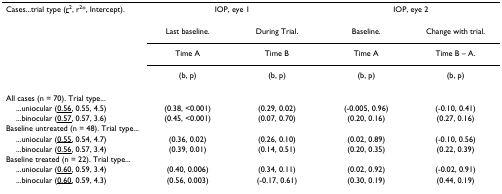
<table><thead><tr><td><b>Cases...trial type (<underline>r</underline><sup>2</sup>, r<sup>2</sup>*, Intercept).</b></td><td colspan="2"><b>IOP, eye 1</b></td><td colspan="2"><b>IOP, eye 2</b></td></tr><tr><td></td><td><b>Last baseline.</b></td><td><b>During Trial.</b></td><td><b>Baseline.</b></td><td><b>Change with trial.</b></td></tr><tr><td></td><td><b>Time A</b></td><td><b>Time B</b></td><td><b>Time A</b></td><td><b>Time B – A.</b></td></tr><tr><td></td><td><b>(b, p)</b></td><td><b>(b, p)</b></td><td><b>(b, p)</b></td><td><b>(b, p)</b></td></tr></thead><tbody><tr><td>All cases (n = 70). Trial type...</td><td></td><td></td><td></td><td></td></tr><tr><td> ...uniocular (<underline>0.56</underline>, 0.55, 4.5)</td><td>(0.38, &lt;0.001)</td><td>(0.29, 0.02)</td><td>(-0.005, 0.96)</td><td>(-0.10, 0.41)</td></tr><tr><td> ...binocular (<underline>0.57</underline>, 0.57, 3.6)</td><td>(0.45, &lt;0.001)</td><td>(0.07, 0.70)</td><td>(0.20, 0.16)</td><td>(0.27, 0.16)</td></tr><tr><td>Baseline untreated (n = 48). Trial type...</td><td></td><td></td><td></td><td></td></tr><tr><td> ...uniocular (<underline>0.55</underline>, 0.54, 4.7)</td><td>(0.36, 0.02)</td><td>(0.26, 0.10)</td><td>(0.02, 0.89)</td><td>(-0.10, 0.56)</td></tr><tr><td> ...binocular (<underline>0.56</underline>, 0.57, 3.4)</td><td>(0.39, 0.01)</td><td>(0.14, 0.51)</td><td>(0.20, 0.35)</td><td>(0.22, 0.39)</td></tr><tr><td>Baseline treated (n = 22). Trial type...</td><td></td><td></td><td></td><td></td></tr><tr><td> ...uniocular (<underline>0.60</underline>, 0.59, 3.4)</td><td>(0.40, 0.006)</td><td>(0.34, 0.11)</td><td>(0.02, 0.92)</td><td>(-0.02, 0.91)</td></tr><tr><td> ...binocular (<underline>0.60</underline>, 0.59, 4.3)</td><td>(0.56, 0.003)</td><td>(-0.17, 0.61)</td><td>(0.30, 0.19)</td><td>(0.44, 0.19)</td></tr></tbody></table>